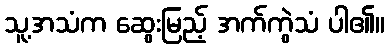
သူ့အသံက ဆွေးမြည့် အက်ကွဲသံ ပါ၏။